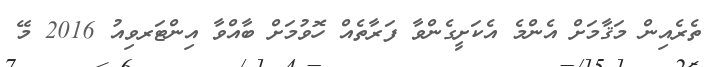
ތެރެއިން މަޤާމަށް އެންމެ އެކަށީގެންވާ ފަރާތެއް ހޮވުމަށް ބާއްވާ އިންޓަރވިއު 2016 މޭ